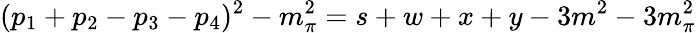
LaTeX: (p_{1}+p_{2}-p_{3}-p_{4})^{2}-m_{\pi}^{2}=s+w+x+y-3m^{2}-3m_{\pi}^{2}